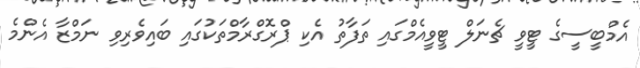
އެމްބީސީގެ ޓީވީ ޗެނަލް ޓީވީއެމްގައި ތަފާތު އެކި ޕްރޮގްރާމްތަކުގައި ބައިވެރިވި ނަމްޒާ އެންމެ